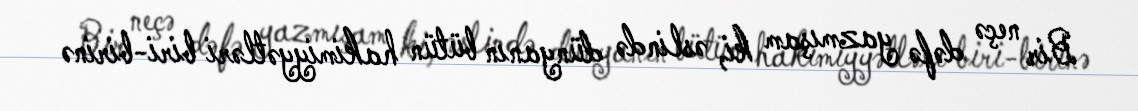
Bir neçə dəfə yazmışam ki, əslində dünyanın bütün hakimiyyətləri biri-birinə